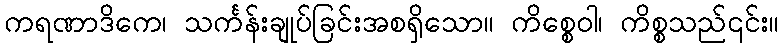
ကရဏာဒိကေ၊ သင်္ကန်းချုပ်ခြင်းအစရှိသော။ ကိစ္စေဝါ၊ ကိစ္စသည်၎င်း။